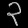
Digit: ၃